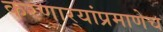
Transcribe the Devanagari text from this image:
करणार्‍यांप्रमाणेच